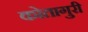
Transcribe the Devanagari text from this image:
कोतागुरी